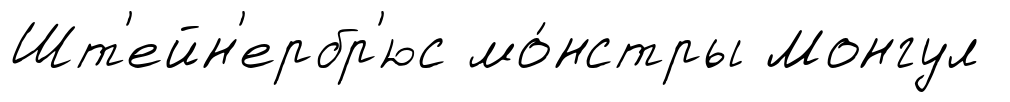
Шт'ейн'ербр'юс мо́нстры Монгул